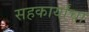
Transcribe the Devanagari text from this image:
सहकार्यांचा